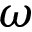
\omega